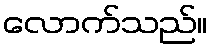
လောက်သည်။